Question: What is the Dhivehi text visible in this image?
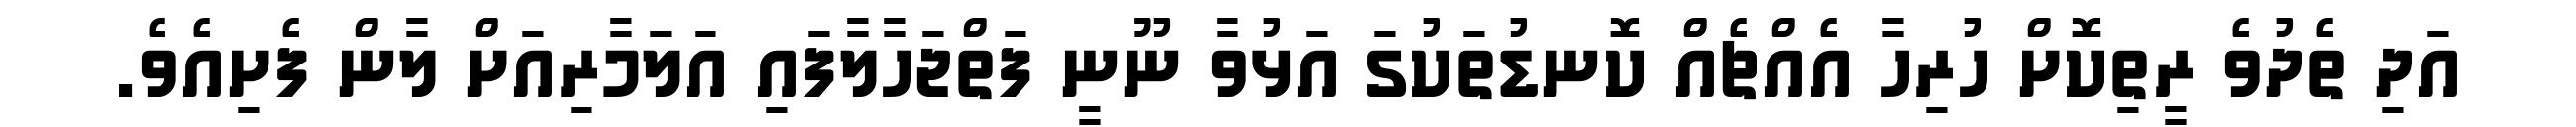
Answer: އަދި ތެދުވެ ރީތިކޮށް ހުރިހާ އެއްޗެއް ކޮނޑުތަކުގަ އަޅުވާ ނޫނީ ފަތްޖަހާލާފައި އަލަމާރިއަށް ލާން ފެށިއެވެ.